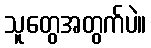
သူတွေအတွက်ပဲ။